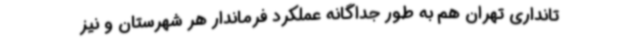
تانداری تهران هم به طور جداگانه عملکرد فرماندار هر شهرستان و نیز